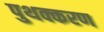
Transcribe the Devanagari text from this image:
पुथक्करण